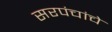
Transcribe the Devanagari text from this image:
सरपंचांचे